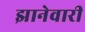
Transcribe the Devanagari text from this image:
झानेवारी